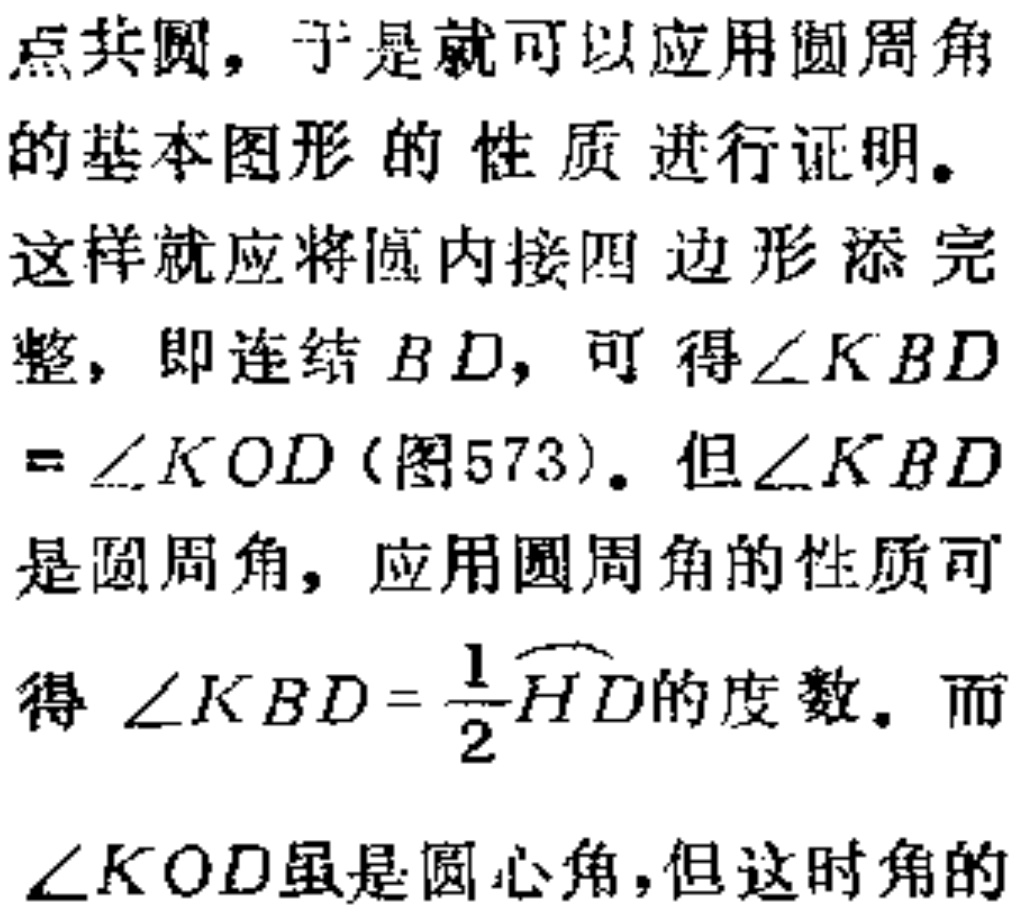
点共圆，于是就可以应用圆周角
的基本图形的性质进行证明。
这样就应将圆内接四边形添完
整，即连结 \(BD\)，可得\(\angle KBD\)
\(= \angle KOD\) (图573)。但\(\angle KBD\)
是圆周角，应用圆周角的性质可
得 \(\angle KBD = \frac{1}{2}\overset{\frown}{HD}\)的度数。而
\(\angle KOD\)虽是圆心角,但这时角的